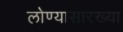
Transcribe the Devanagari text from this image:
लोण्यासारख्या